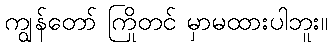
ကျွန်တော် ကြိုတင် မှာမထားပါဘူး။